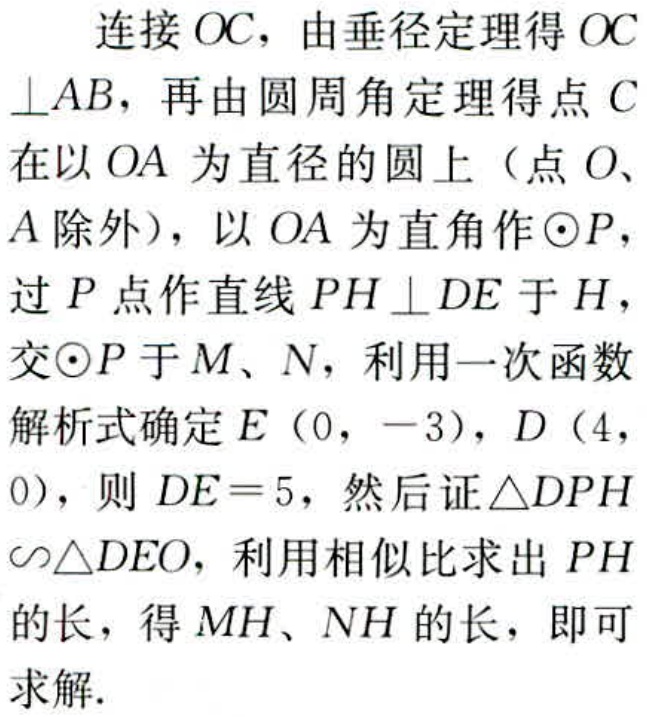
连接 \(OC\)，由垂径定理得 \(OC\perp AB\)，再由圆周角定理得点 \(C\)在以 \(OA\) 为直径的圆上（点 \(O\)、\(A\) 除外），以 \(OA\) 为直角作 \(\odot P\)，过 \(P\) 点作直线 \(PH\perp DE\) 于 \(H\)，交\(\odot P\)于 \(M\)、\(N\)，利用一次函数解析式确定 \(E(0,-3)\)，\(D(4,0)\)，则 \(DE = 5\)，然后证 \(\triangle DPH\backsim\triangle DEO\)，利用相似比求出 \(PH\)的长，得 \(MH\)、\(NH\) 的长，即可求解.